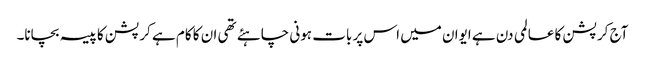
آج کرپشن کا عالمی دن ہے ایوان میں اس پر بات ہونی چاہئے تھی ان کا کام ہے کرپشن کا پیسہ بچانا۔